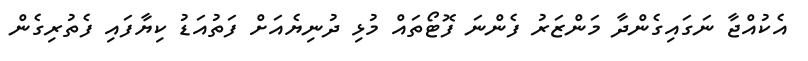
އެކުއްޖާ ނަގައިގެންދާ މަންޒަރު ފެންނަ ފޮޓޯތައް މުޅި ދުނިޔެއަށް ފަތުއަޑު ކިޔާފައި ފެތުރިގެން